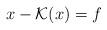
LaTeX: \begin{align*}x - \mathcal{K} (x) = f\end{align*}